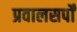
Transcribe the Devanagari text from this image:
प्रवालसर्पों